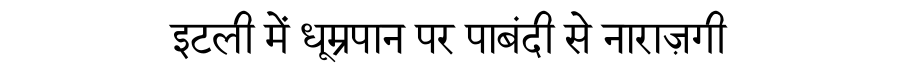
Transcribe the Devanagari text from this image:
इटली में धूम्रपान पर पाबंदी से नाराज़गी